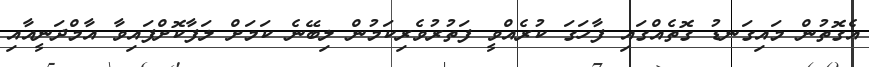
އެގޮތުން މައިގަނޑު ގޮތެއްގައި ފާހަގަ ކުރެއްވީ ފަތުރުވެރިކަމުން ލިބޭނެ ކަމަށް ލަފާކޮށްފައިވާ އާމްދަނީއާއި